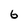
Character: 6